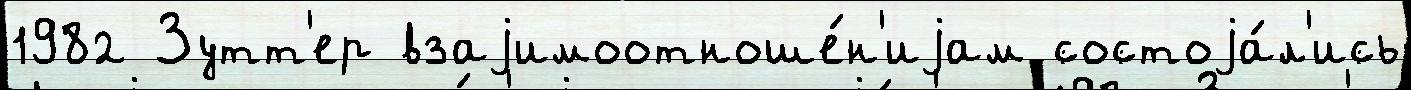
1982 Зутт'ер взаjимоотноше́н'иjам состоjа́л'ись